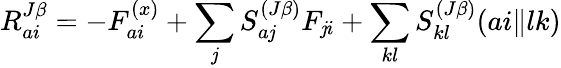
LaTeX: R_{ai}^{J\beta}=-F_{ai}^{(x)}+\sum_{\mathit{j}}S_{a\mathit{j}}^{(J\beta)}F_{\mathit{j}i}+\sum_{kl}S_{kl}^{(J\beta)}(ai\| lk)